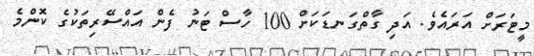
މީޓަރަށް އަރައެވެ. އަދި ގާތްގަނޑަކަށް 100 ހާސް ޓަނު ފެން އައްސޭރިތަކުގެ ކޮންމެ